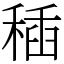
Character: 䅤